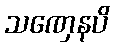
သဏှေနပိ